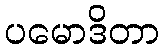
ပမောဒိတာ